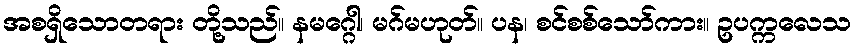
အစရှိသောတရား တို့သည်။ နမဂ္ဂေါ၊ မဂ်မဟုတ်။ ပန၊ စင်စစ်သော်ကား။ ဥပက္ကလေသ